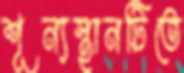
শূন্যস্থানটিতে